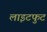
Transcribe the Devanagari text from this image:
लाइटफुट